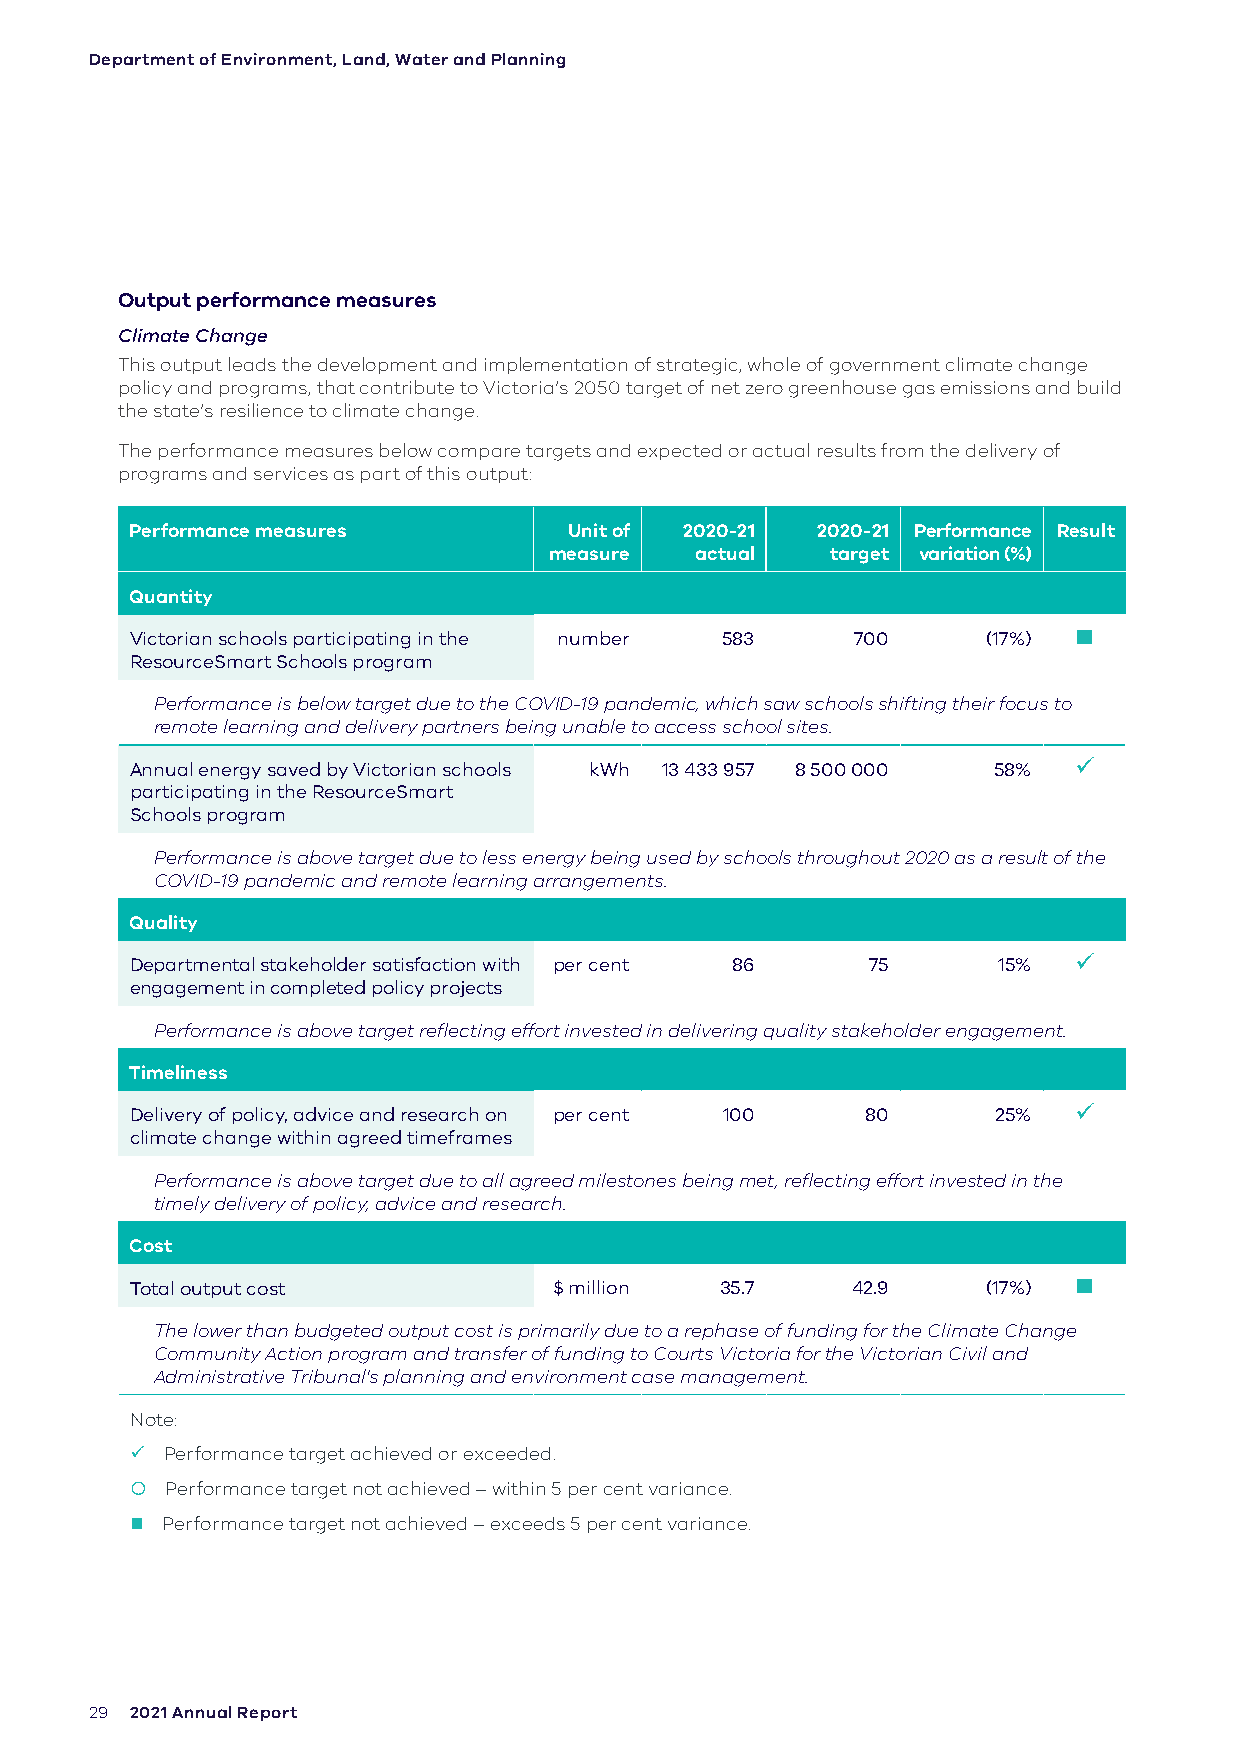
Department of Environment, Land, Water and Planning
 Output performance measures
 Climate Change
 This output leads the development and implementation of strategic, whole of government climate change
 policy and programs, that contribute to Victoria’s 2050 target of net zero greenhouse gas emissions and build
 the state’s resilience to climate change.
 The performance measures below compare targets and expected or actual results from the delivery of
 programs and services as part of this output:
 Performance measures         Unit of 2020-21 2020-21 Performance Result
 measure   actual   target variation (%)
 Quantity
 Victorian schools participating in the number 583 700   (17%) 
 ResourceSmart Schools program
 Performance is below target due to the COVID-19 pandemic, which saw schools shifting their focus to
 remote learning and delivery partners being unable to access school sites.
 Annual energy saved by Victorian schools kWh 13 433 957 8 500 000 58% 
 participating in the ResourceSmart
 Schools program
 Performance is above target due to less energy being used by schools throughout 2020 as a result of the
 COVID-19 pandemic and remote learning arrangements.
 Quality
 Departmental stakeholder satisfaction with per cent 86 75 15% 
 engagement in completed policy projects
 Performance is above target reflecting effort invested in delivering quality stakeholder engagement.
 Timeliness
 Delivery of policy, advice and research on per cent 100 80 25% 
 climate change within agreed timeframes
 Performance is above target due to all agreed milestones being met, reflecting effort invested in the
 timely delivery of policy, advice and research.
 Cost
 Total output cost           $ million  35.7    42.9     (17%) 
 The lower than budgeted output cost is primarily due to a rephase of funding for the Climate Change
 Community Action program and transfer of funding to Courts Victoria for the Victorian Civil and
 Administrative Tribunal's planning and environment case management.
 Note:
  Performance target achieved or exceeded.
  Performance target not achieved – within 5 per cent variance.
  Performance target not achieved – exceeds 5 per cent variance.
 29 2021 Annual Report